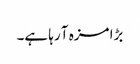
بڑا مزہ آ رہا ہے۔